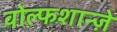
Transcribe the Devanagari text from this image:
वोल्फशान्ज़े